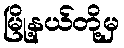
မြို့နယ်တို့မှ